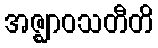
အဇ္ဈာဝသတီတိ